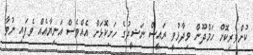
ކުށްވެރިކޮށް ހަމްދޫން ވިދާޅުވީ ރައީސް ނަޝީދުގެ ހަށިކޮޅަށް އެއްވެސް އަނިޔާއެއް ވެފައި ނުވާ